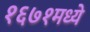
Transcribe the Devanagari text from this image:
१६७१मध्ये